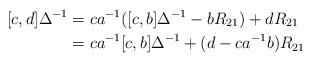
LaTeX: \begin{align*}[c,d]\Delta^{-1}&=ca^{-1}([c,b]\Delta^{-1}-bR_{21})+dR_{21}\\& =ca^{-1}[c,b]\Delta^{-1}+(d-ca^{-1}b)R_{21} \end{align*}